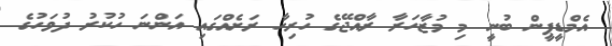
އެމްޑީޕީން ބުނީ މި މުޒާހަރާ ރާއްޖޭގެ ހުރިހާ ރަށެއްގައި އަންނަ ހުކުރު ދުވަހުގެ